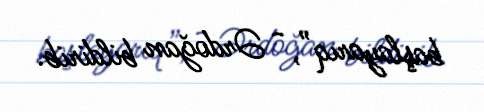
başlayarıq”, - Ərdoğan bildirib.